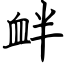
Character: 衅